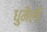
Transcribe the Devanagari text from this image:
धुमैली